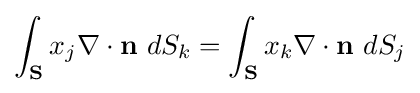
\int _{\mathbf {S} }x_{j}\nabla \cdot \mathbf {n} \ dS_{k}=\int _{\mathbf {S} }x_{k}\nabla \cdot \mathbf {n} \ dS_{j}